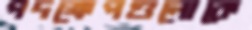
পদক্ষেপগুলোকে